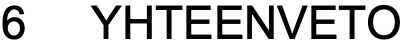
6  YHTEENVETO